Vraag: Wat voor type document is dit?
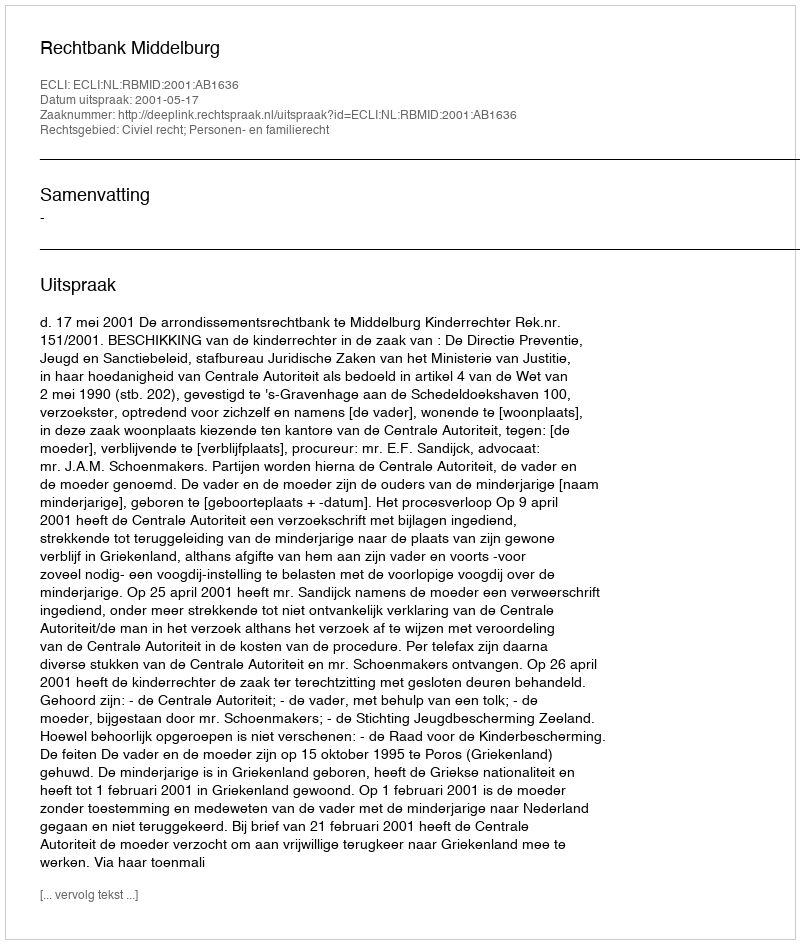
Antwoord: Uitspraak